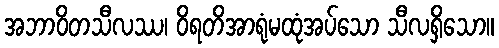
အဘာဝိတသီလဿ၊ ဝိရတိအာရုံမထုံအပ်သော သီလရှိသော။